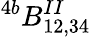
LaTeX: ^{4b}B_{12,34}^{II}